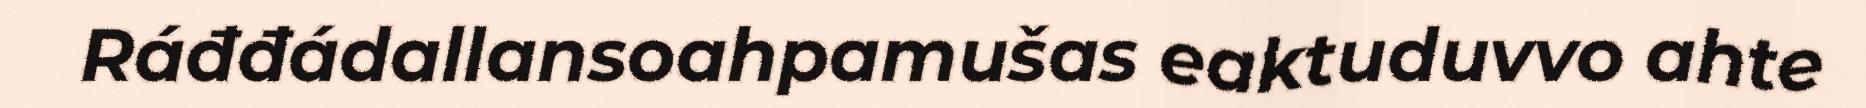
Ráđđádallansoahpamušas eaktuduvvo ahte